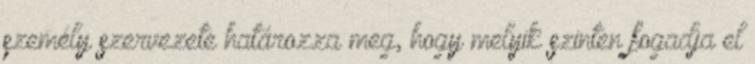
személy szervezete határozza meg, hogy melyik szinten fogadja el